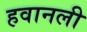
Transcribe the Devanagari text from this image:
हवानली